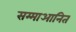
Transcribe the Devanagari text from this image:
सम्माआनित